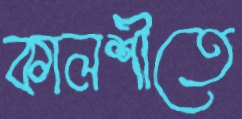
কালশীতে